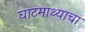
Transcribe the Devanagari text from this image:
घाटमाथ्याचा